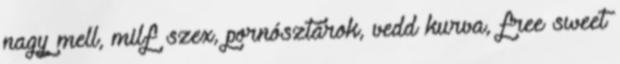
nagy mell, milf szex, pornósztárok, vedd kurva, free sweet